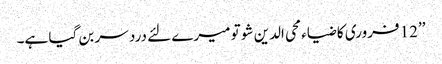
’’12 فروری کا ضیاء محی الدین شو تو میرے لئے درد سر بن گیا ہے۔